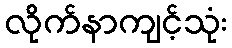
လိုက်နာကျင့်သုံး